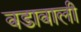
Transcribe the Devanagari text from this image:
वडावाली